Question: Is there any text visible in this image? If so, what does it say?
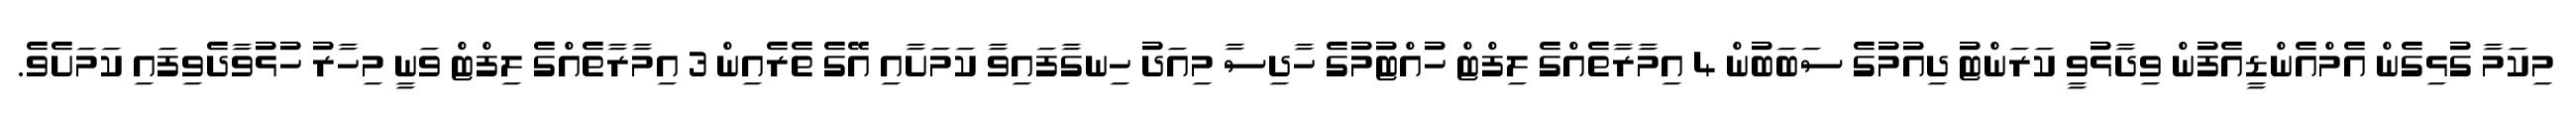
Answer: މިކަމާ ގުޅިގެން އެމްއެންޑީއެފުން ވިދާޅުވީ ކަރަންޓު ދިއުމުގެ ސަބަބުން 4 އިމާރާތެއްގެ ލިފްޓް ހުއްޓުމުގެ ހާދިސާ މިއަދު ހިނގާފައިވާ ކަމަށާއި އޭގެ ތެރެއިން 3 އިމާރާތެއްގެ ލިފްޓް ވަނީ މިހާރު ހުޅުވާދެވިފައި ކަމަށެވެ.